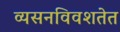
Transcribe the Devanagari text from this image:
व्यसनविवशतेत